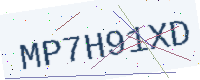
Text: MP7H91XD